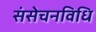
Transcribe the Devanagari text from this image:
संसेचनविधि